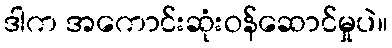
ဒါက အကောင်းဆုံးဝန်ဆောင်မှုပဲ။